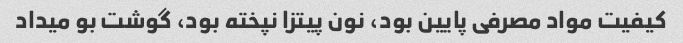
کیفیت مواد مصرفی پایین بود، نون پیتزا نپخته بود، گوشت بو میداد